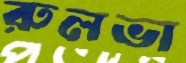
রুলভা